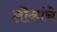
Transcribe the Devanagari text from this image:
लॊकांचे